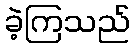
ခဲ့ကြသည်